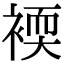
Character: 䙇